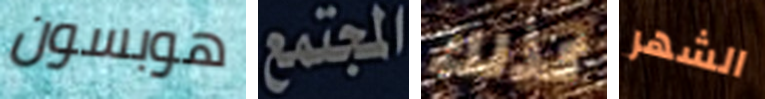
هوبسون المجتمع كذلك الشهر